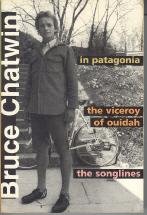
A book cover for In Patagonia: The viceroy of Ouidah : the songlines; Bruce Chatwin; Travel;